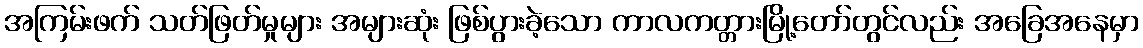
အကြမ်းဖက် သတ်ဖြတ်မှုများ အများဆုံး ဖြစ်ပွားခဲ့သော ကာလကတ္တားမြို့တော်တွင်လည်း အခြေအနေမှာ